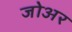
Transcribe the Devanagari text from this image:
जोअर